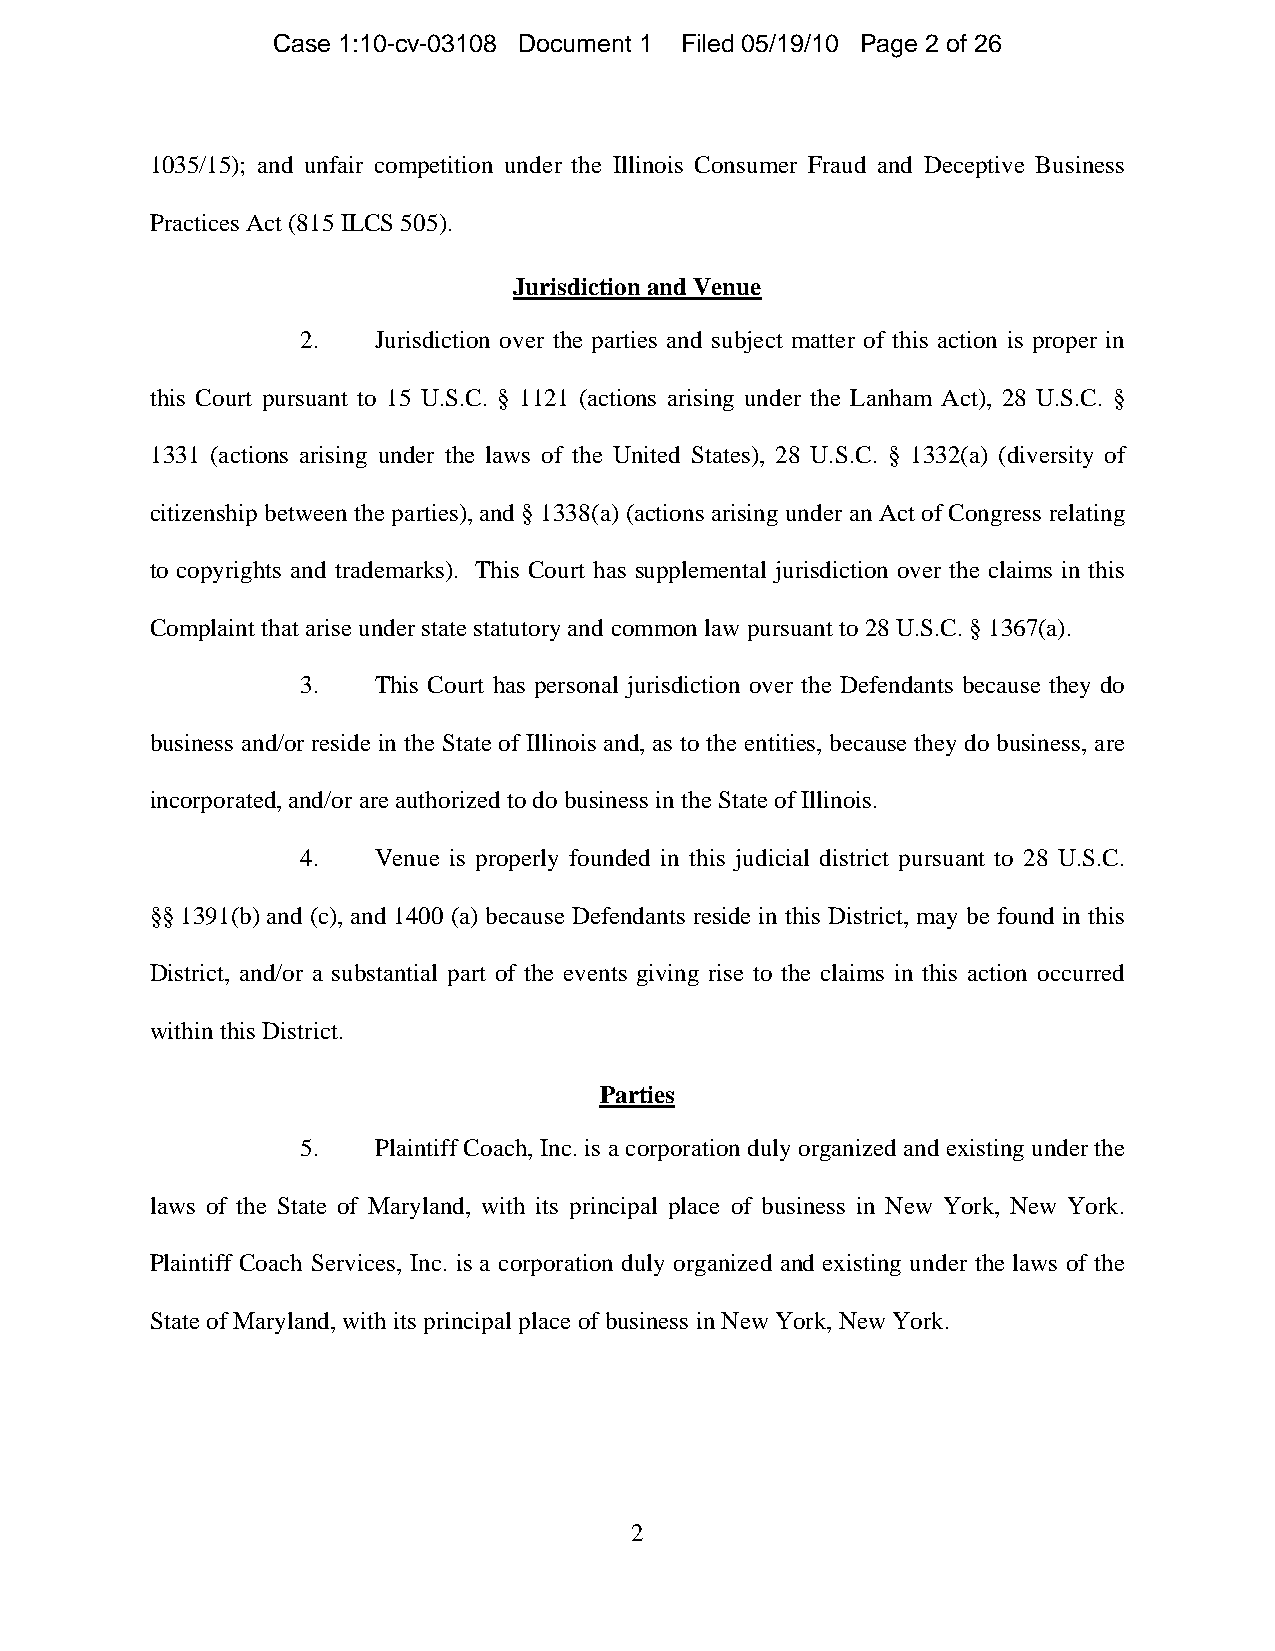
Case 1:10-cv-03108 Document 1 Filed 05/19/10 Page 2 of 26
 1035/15); and unfair competition under the Illinois Consumer Fraud and Deceptive Business
 Practices Act (815 ILCS 505).
 Jurisdiction and Venue
 2.   Jurisdiction over the parties and subject matter of this action is proper in
 this Court pursuant to 15 U.S.C. § 1121 (actions arising under the Lanham Act), 28 U.S.C. §
 1331 (actions arising under the laws of the United States), 28 U.S.C. § 1332(a) (diversity of
 citizenship between the parties), and § 1338(a) (actions arising under an Act of Congress relating
 to copyrights and trademarks). This Court has supplemental jurisdiction over the claims in this
 Complaint that arise under state statutory and common law pursuant to 28 U.S.C. § 1367(a).
 3.   This Court has personal jurisdiction over the Defendants because they do
 business and/or reside in the State of Illinois and, as to the entities, because they do business, are
 incorporated, and/or are authorized to do business in the State of Illinois.
 4.   Venue is properly founded in this judicial district pursuant to 28 U.S.C.
 §§ 1391(b) and (c), and 1400 (a) because Defendants reside in this District, may be found in this
 District, and/or a substantial part of the events giving rise to the claims in this action occurred
 within this District.
 Parties
 5.   Plaintiff Coach, Inc. is a corporation duly organized and existing under the
 laws of the State of Maryland, with its principal place of business in New York, New York.
 Plaintiff Coach Services, Inc. is a corporation duly organized and existing under the laws of the
 State of Maryland, with its principal place of business in New York, New York.
 2